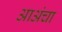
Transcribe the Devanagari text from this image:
आअंचा